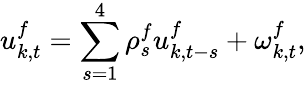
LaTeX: u_{k,t}^{f}=\sum_{s=1}^{4}\rho_{s}^{f}u_{k,t-s}^{f}+\omega_{k,t}^{f},